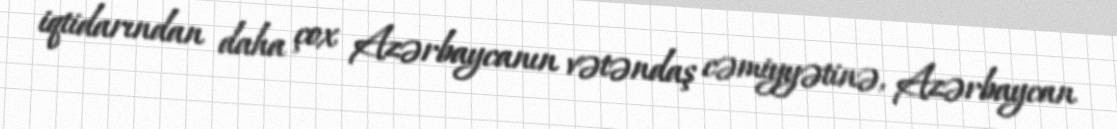
iqtidarından daha çox Azərbaycanın vətəndaş cəmiyyətinə, Azərbaycan